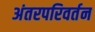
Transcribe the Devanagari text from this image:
अंतरपरिवर्तन